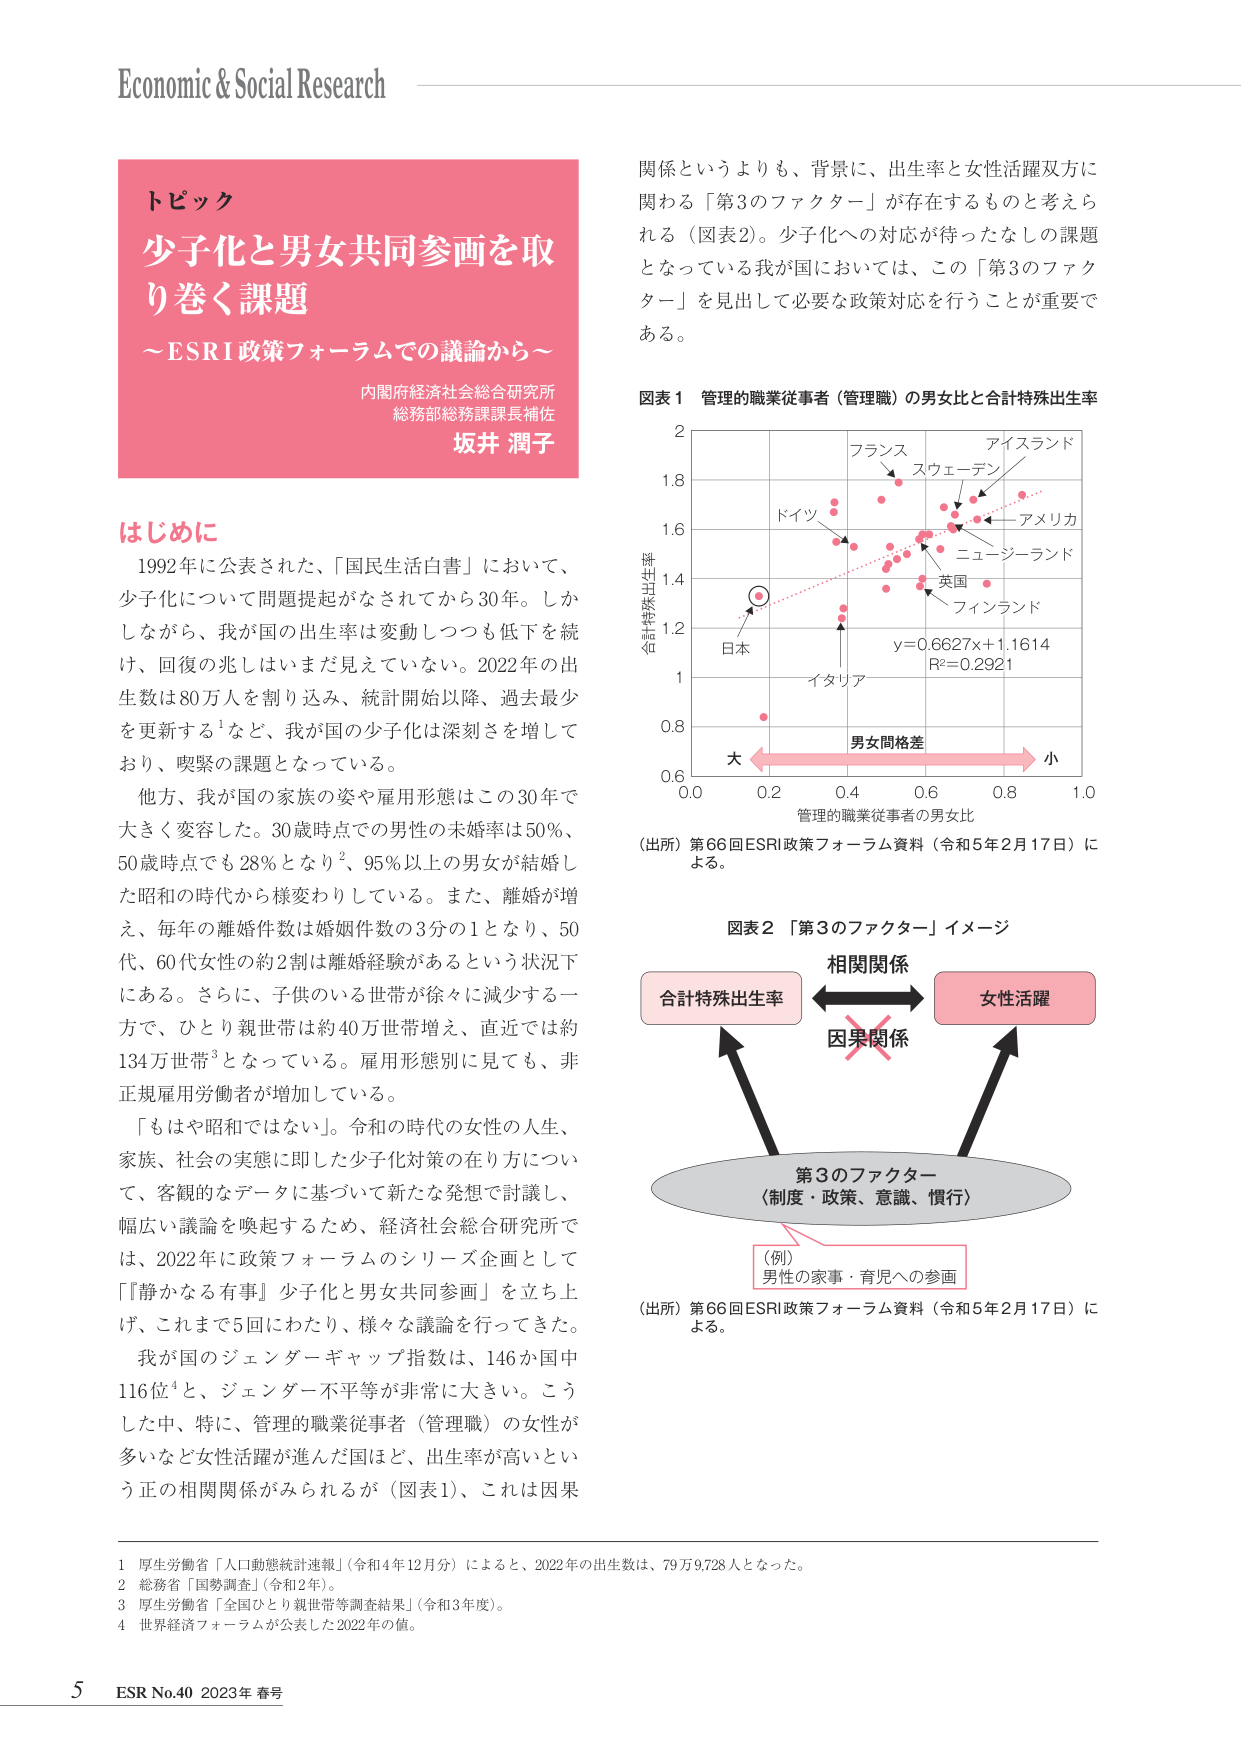
Economic & Social Research

トピック
少子化と男女共同参画を取り巻く課題
～ESRI政策フォーラムでの議論から～

内閣府経済社会総合研究所
総務部総務課課長補佐
坂井 潤子

はじめに
1992年に公表された、「国民生活白書」において、
少子化について問題提起がなされてから30年。しか
しながら、我が国の出生率は変動しつつも低下を続
け、回復の兆しはいまだ見えていない。2022年の出
生数は80万人を割り込み、統計開始以降、過去最少
を更新する¹など、我が国の少子化は深刻さを増して
おり、喫緊の課題となっている。

他方、我が国の家族の姿や雇用形態はこの30年で
大きく変容した。30歳時点での男性の未婚率は50%、
50歳時点でも28%となり²、95%以上の男女が結婚し
た昭和の時代から様変わりしている。また、離婚が増
え、毎年の離婚件数は婚姻件数の3分の1となり、50
代、60代女性の約2割は離婚経験があるという状況下
にある。さらに、子供のいる世帯が徐々に減少する一
方で、ひとり親世帯は約40万世帯増え、直近では約
134万世帯³となっている。雇用形態別に見ても、非
正規雇用労働者が増加している。

「もはや昭和ではない」。令和の時代の女性の人生、
家族、社会の実態に即した少子化対策の在り方につい
て、客観的なデータに基づいて新たな発想で討議し、
幅広い議論を喚起するため、経済社会総合研究所で
は、2022年に政策フォーラムのシリーズ企画として
「『静かなる有事』少子化と男女共同参画」を立ち上
げ、これまで5回にわたり、様々な議論を行ってきた。

我が国のジェンダーギャップ指数は、146か国中
116位⁴と、ジェンダー不平等が非常に大きい。こう
した中、特に、管理的職業従事者（管理職）の女性が
多いなど女性活躍が進んだ国ほど、出生率が高いとい
う正の相関関係がみられるが（図表1）、これは因果

関係というよりも、背景に、出生率と女性活躍双方に
関わる「第3のファクター」が存在するものと考えら
れる（図表2）。少子化への対応が待ったなしの課題
となっている我が国においては、この「第3のファク
ター」を見出して必要な政策対応を行うことが重要で
ある。

図表1 管理的職業従事者（管理職）の男女比と合計特殊出生率

（出所）第66回ESRI政策フォーラム資料（令和5年2月17日）に
よる。

図表2 「第3のファクター」イメージ

合計特殊出生率 ←→ 女性活躍
　　　　　　　　↑
　　　　　　　　因果関係
　　　　　　　　↓
　　　　　　　　第3のファクター
　　　　　　　　（制度・政策、意識、慣行）

（例）
男性の家事・育児への参画

（出所）第66回ESRI政策フォーラム資料（令和5年2月17日）に
よる。

1 厚生労働省「人口動態統計速報」（令和4年12月分）によると、2022年の出生数は、79万9,728人となった。
2 総務省「国勢調査」（令和2年）。
3 厚生労働省「全国ひとり親世帯等調査結果」（令和3年）。
4 世界経済フォーラムが公表した2022年の値。

5 ESR No.40 2023年 春号